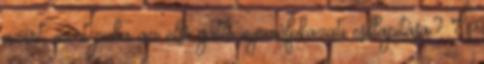
azért, mert puha az első gátló nyomófokazati csillapítása? És